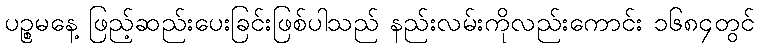
ပဉ္စမနေ့ ဖြည့်ဆည်းပေးခြင်းဖြစ်ပါသည် နည်းလမ်းကိုလည်းကောင်း ၁၆၈၄တွင်